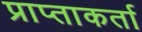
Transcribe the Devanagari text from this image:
प्राप्ताकर्ता